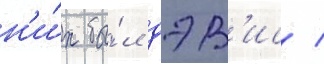
н'и́х бы́л дэв'ис /